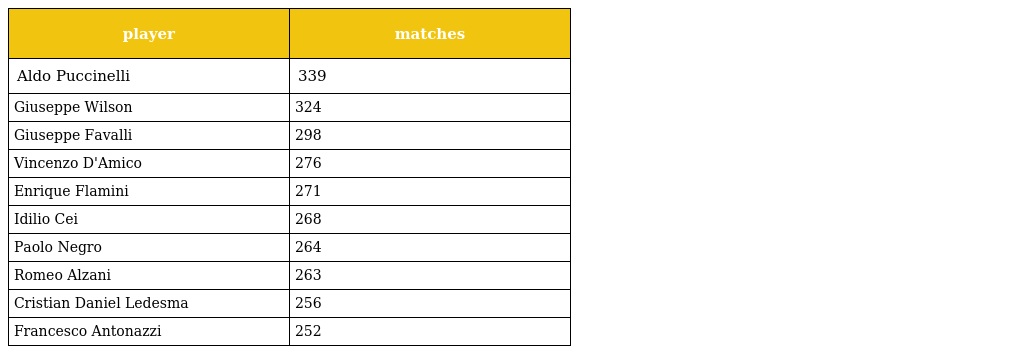
| player | matches |
 | --- | --- |
 | Aldo Puccinelli | 339 |
 | Giuseppe Wilson | 324 |
 | Giuseppe Favalli | 298 |
 | Vincenzo D'Amico | 276 |
 | Enrique Flamini | 271 |
 | Idilio Cei | 268 |
 | Paolo Negro | 264 |
 | Romeo Alzani | 263 |
 | Cristian Daniel Ledesma | 256 |
 | Francesco Antonazzi | 252 |